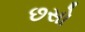
છસો